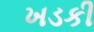
ખડકી